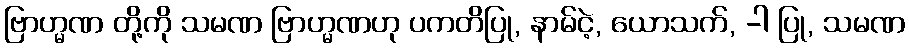
ဗြာဟ္မဏ တို့ကို သမဏ ဗြာဟ္မဏဟု ပကတိပြု, နာမ်ငဲ့, ယောသက်, -ါ ပြု, သမဏ